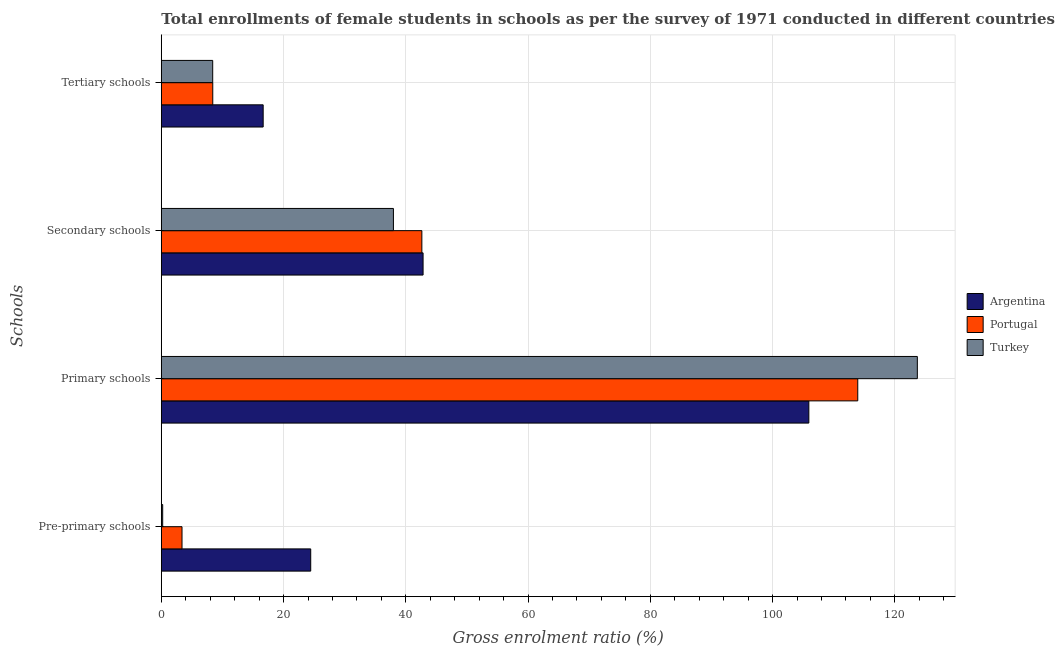
| Schools | Argentina | Portugal | Turkey |
 | --- | --- | --- | --- |
 | Pre-primary schools | 24.4 | 3.39 | 0.225 |
 | Primary schools | 106 | 114 | 124 |
 | Secondary schools | 42.8 | 42.6 | 38 |
 | Tertiary schools | 16.7 | 8.42 | 8.41 |